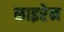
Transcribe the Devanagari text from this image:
काइरेन